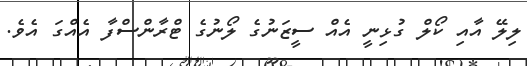
ލިލޭ އާއި ކޯލް ގުޅިނީ އެއް ސީޒަނުގެ ލޯނުގެ ޓްރާންސްފާ އެއްގަ އެވެ.